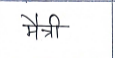
मजकूर: मैत्री